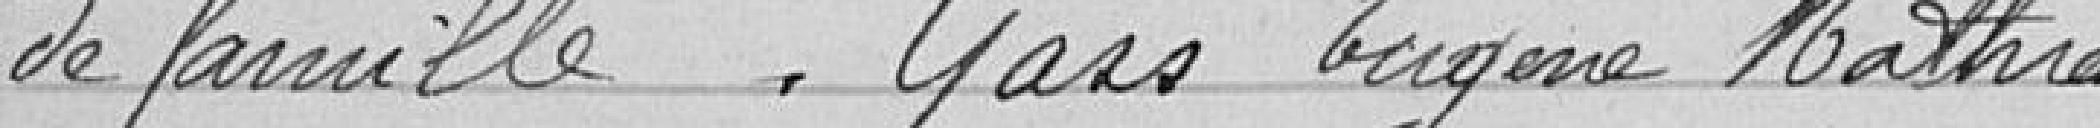
de famille. Gass Eugène Mathias